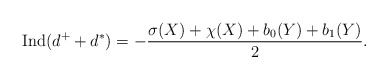
\begin{align*} \operatorname{Ind}(d^+ + d^*) = - \frac{\sigma(X) + \chi(X) + b_0 (Y) + b_1(Y)}{2} . \end{align*}